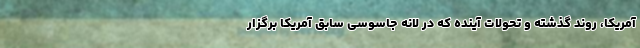
آمریکا، روند گذشته و تحولات آینده که در لانه جاسوسی سابق آمریکا برگزار